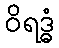
ဝိရဒ္ဓံ